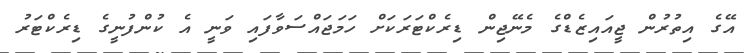
އޭގެ އިތުރުން ޖީއައިޒެޑްގެ މެނޭޖިން ޑިރެކްޓަރަކަށް ހަމަޖައްސަވާފައި ވަނީ އެ ކުންފުނީގެ ޑިރެކްޓަރު